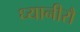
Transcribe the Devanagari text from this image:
ध्यानीरौ